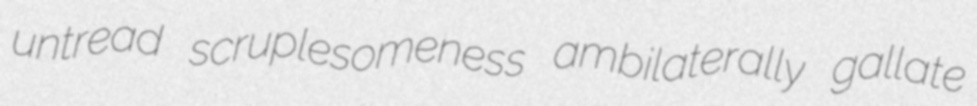
untread scruplesomeness ambilaterally gallate